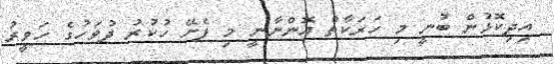
އިދިކޮޅުން ބުނީ މި ހަރަކާތް އޮންނާނީ މި ފެށޭ ހުކުރު ދުވަހުގެ ހަވީރު